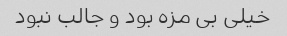
خیلی بی مزه بود و جالب نبود